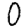
Digit: 0